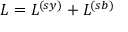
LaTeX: { \cal L } = { \cal L } ^ { ( s y ) } + { \cal L } ^ { ( s b ) }